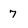
Character: 7